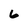
Character: 6